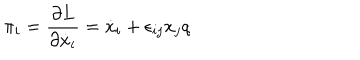
LaTeX: \pi _ { i } = \frac { \partial L } { \partial \dot { x } _ { i } } = \dot { x } _ { i } + \epsilon _ { i j } x _ { j } q